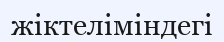
жіктеліміндегі